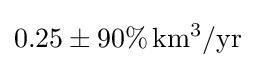
0.25\pm 90\%\,\mathrm {km^{3}/yr}